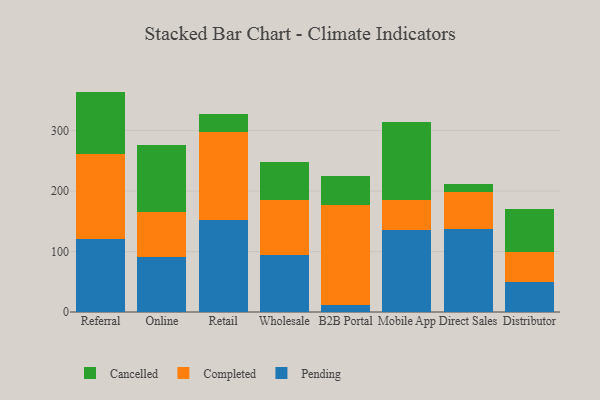
{"axis": {"x": "Channel", "y": "Waste Production (Tons)"}, "legend": ["Cancelled", "Completed", "Pending"], "data": [{"x": "Referral", "y": 119.9, "type": "Pending"}, {"x": "Referral", "y": 140.6, "type": "Completed"}, {"x": "Referral", "y": 103.9, "type": "Cancelled"}, {"x": "Online", "y": 91.1, "type": "Pending"}, {"x": "Online", "y": 74.6, "type": "Completed"}, {"x": "Online", "y": 110.6, "type": "Cancelled"}, {"x": "Retail", "y": 152.3, "type": "Pending"}, {"x": "Retail", "y": 146.1, "type": "Completed"}, {"x": "Retail", "y": 28.7, "type": "Cancelled"}, {"x": "Wholesale", "y": 94.6, "type": "Pending"}, {"x": "Wholesale", "y": 90.1, "type": "Completed"}, {"x": "Wholesale", "y": 64.0, "type": "Cancelled"}, {"x": "B2B Portal", "y": 11.4, "type": "Pending"}, {"x": "B2B Portal", "y": 165.3, "type": "Completed"}, {"x": "B2B Portal", "y": 48.7, "type": "Cancelled"}, {"x": "Mobile App", "y": 135.2, "type": "Pending"}, {"x": "Mobile App", "y": 49.2, "type": "Completed"}, {"x": "Mobile App", "y": 129.7, "type": "Cancelled"}, {"x": "Direct Sales", "y": 136.9, "type": "Pending"}, {"x": "Direct Sales", "y": 62.1, "type": "Completed"}, {"x": "Direct Sales", "y": 12.3, "type": "Cancelled"}, {"x": "Distributor", "y": 50.4, "type": "Pending"}, {"x": "Distributor", "y": 49.2, "type": "Completed"}, {"x": "Distributor", "y": 70.2, "type": "Cancelled"}]}